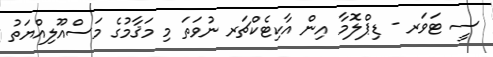
ސީ ޓަވަރ - ޑިޕްލޮމާ އިން އާކިޓެކްޗަރ ނުވަތަ މި މަޤާމުގެ މަސްއޫލިއްޔަތު